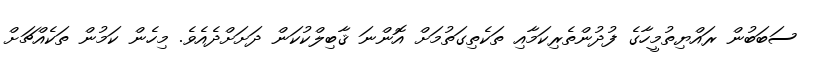
ސަބަބުން ރައްޔިތުމީހާގެ ފުދުންތެރިކަމާއި ތަކެތިގަތުމަށް އޮންނަ ޤާބިލްކުކަން ދަށަށްދެއެވެ. މިހެން ކަމުން ތަކެއްޗަށް